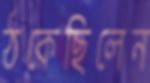
ঠকেছিলেন